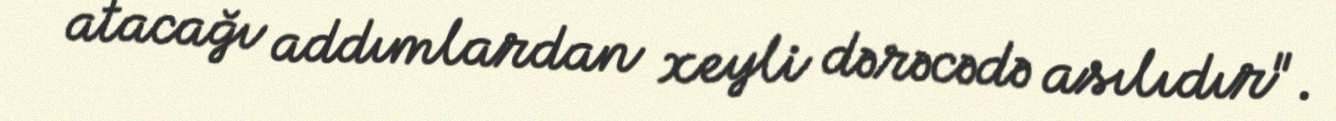
atacağı addımlardan xeyli dərəcədə asılıdır".